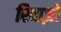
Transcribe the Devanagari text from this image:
रिवाज़ो